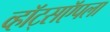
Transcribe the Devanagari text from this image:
व्हॉट्सऍपला